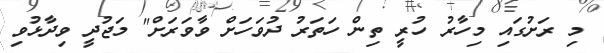
މި ރަށުގައި މިހާރު ހުރީ ތިން ހަތަރު ދުވަހަށް ވާވަރަށް" މަޖުދީ ވިދާޅުވި